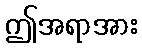
ဤအရာအား